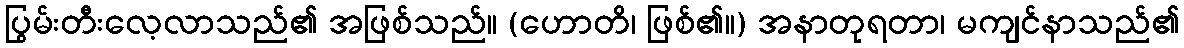
ပြွမ်းတီးလေ့လာသည်၏ အဖြစ်သည်။ (ဟောတိ၊ ဖြစ်၏။) အနာတုရတာ၊ မကျင်နာသည်၏